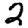
Digit: 2